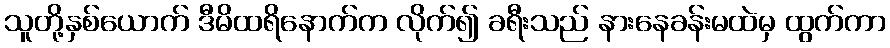
သူတို့နှစ်ယောက် ဒီမိထရိနောက်က လိုက်၍ ခရီးသည် နားနေခန်းမထဲမှ ထွက်ကာ